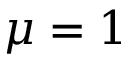
\mu = 1